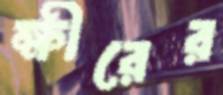
ক্ষীরের